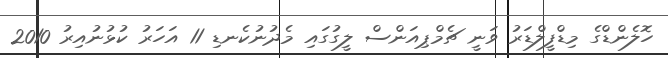
ހޮލެންޑްގެ މިޑްފީލްޑަރު ވަނީ ޗެމްޕިއަންސް ލީގުގައި މެދުނުކެނޑި 11 އަހަރު ކުޅުނުއިރު 2010